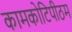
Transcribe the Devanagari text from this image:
कामकोटिपीठम